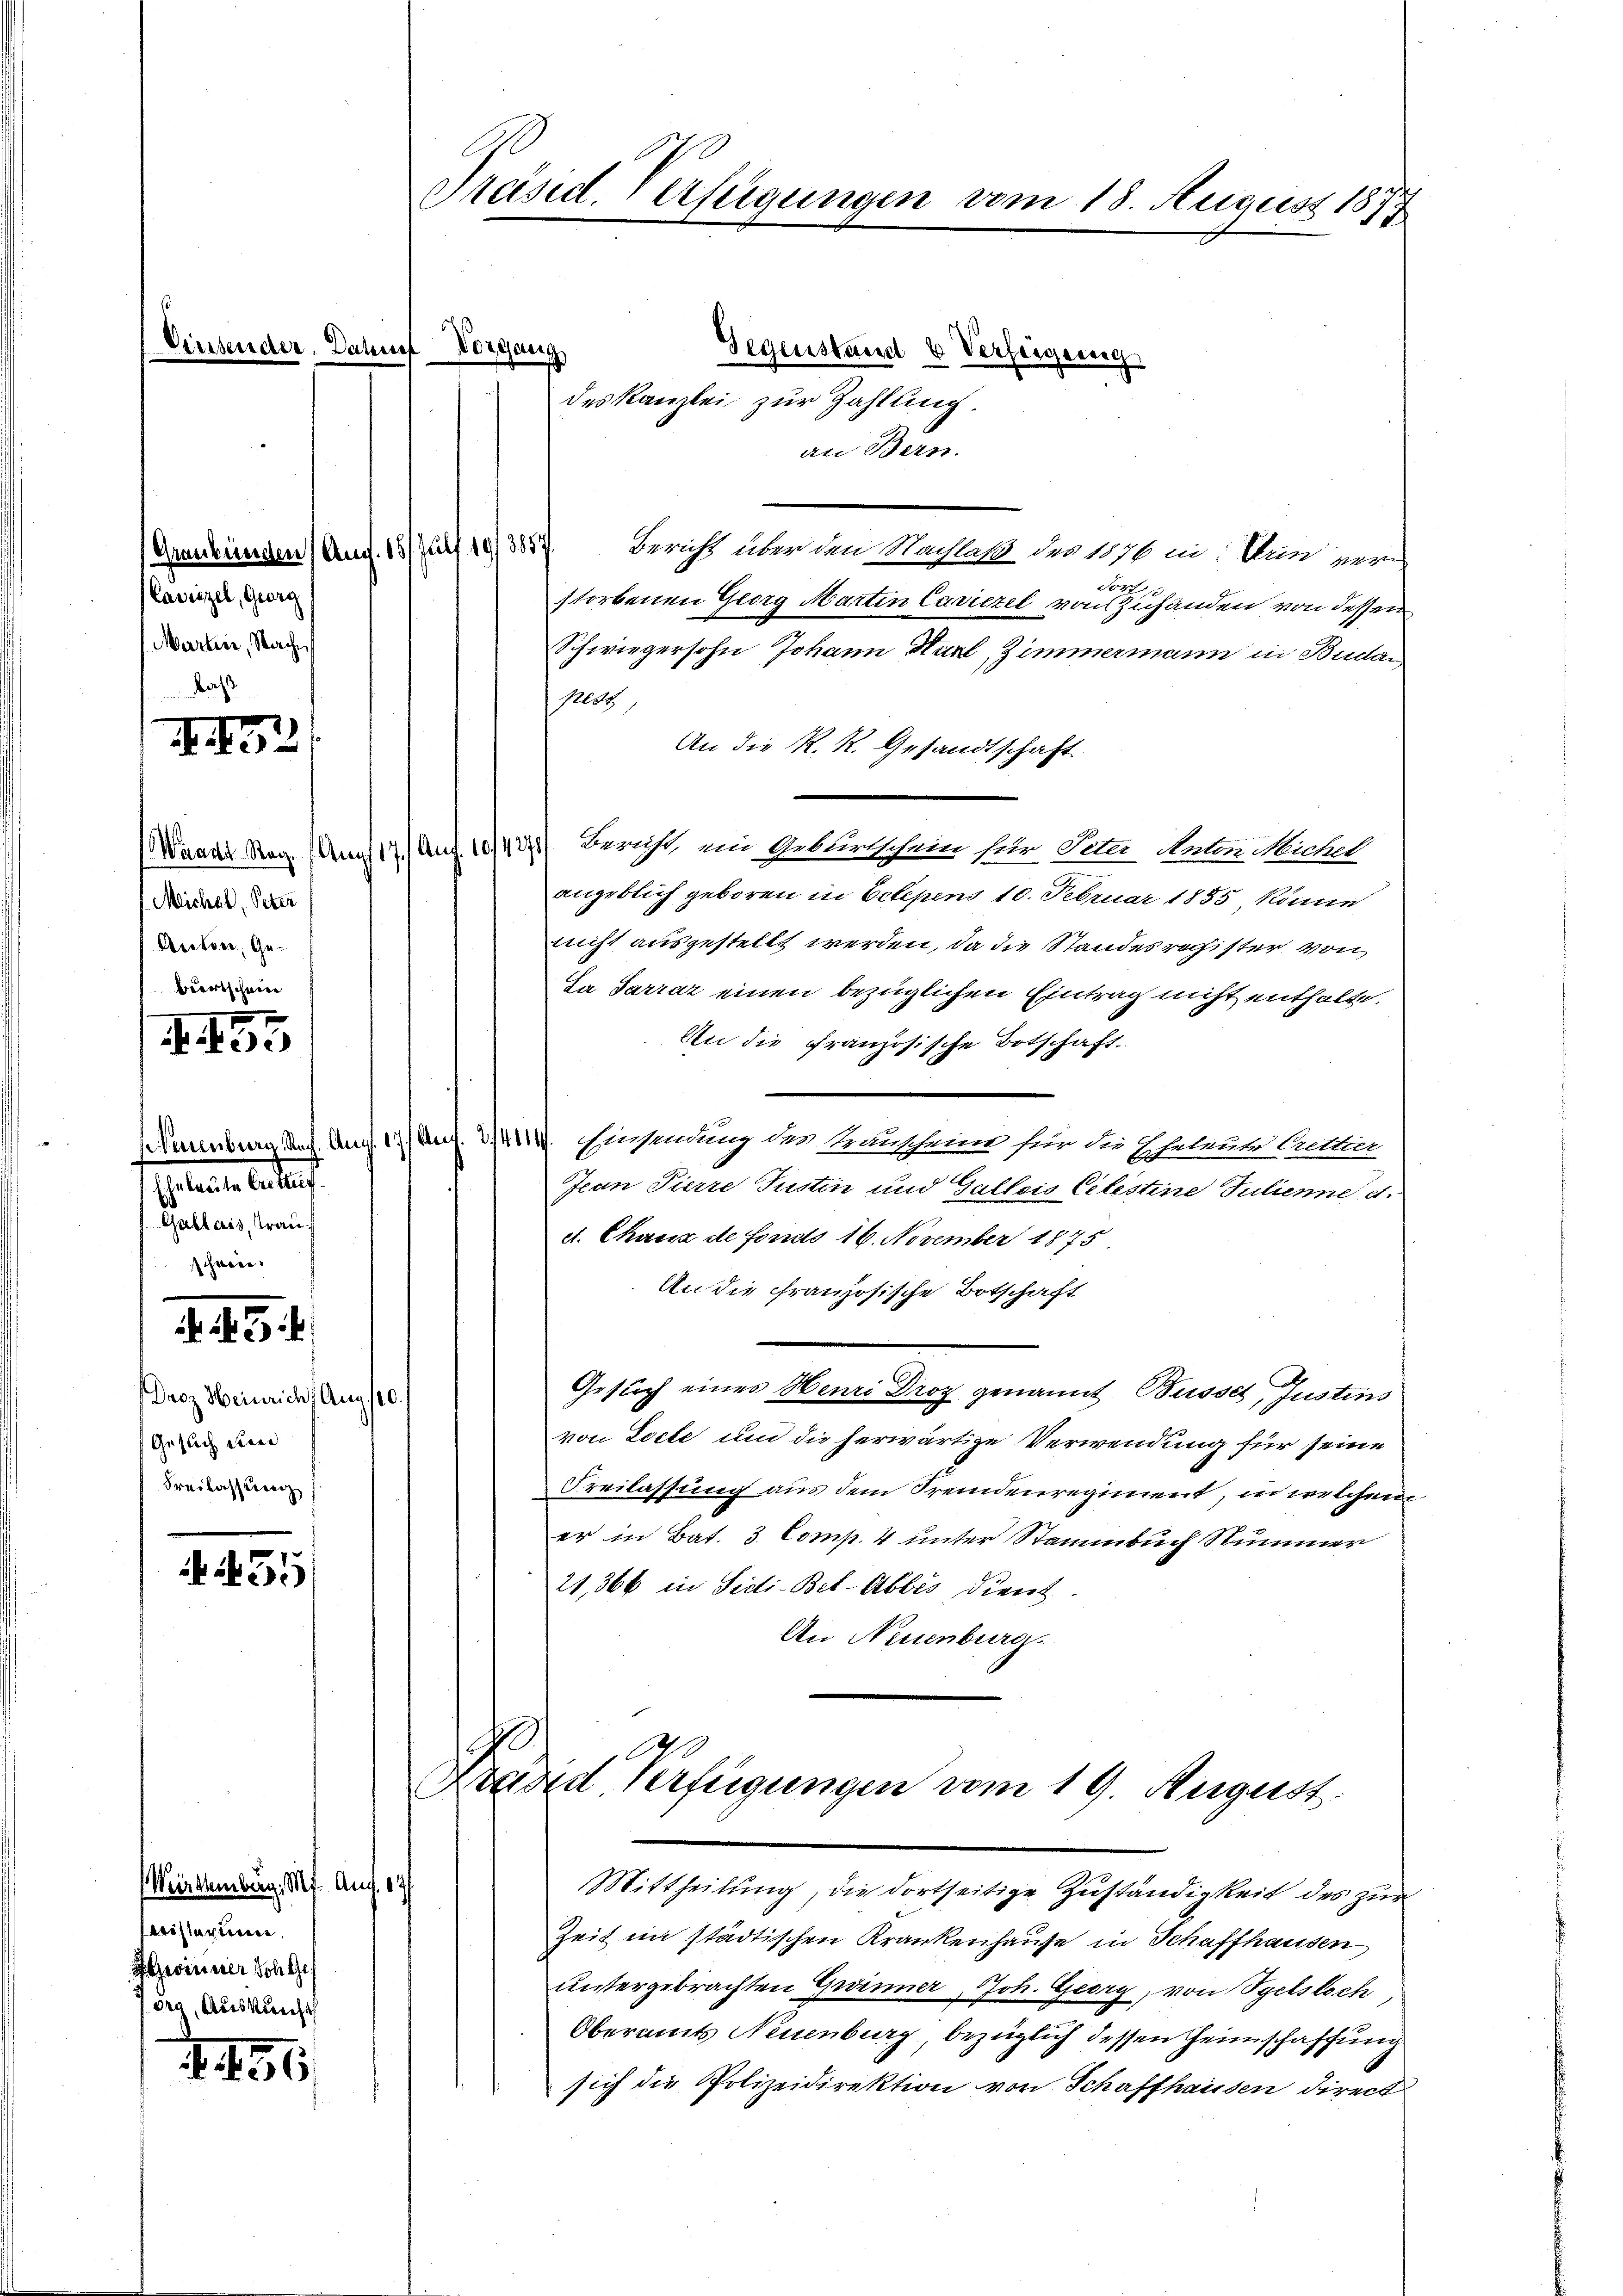
¬

I. 152

Michel, Peter
Anton, Ge¬
Bertschneee

XII

435

A

Caviezel, Georg
Martin, Nach
daß.

Weirttemberg, Ms. Aug. 17
beisterieren,
Aegerinner Sch Gef
Jorg, Auskunft

156

Präsid. Verfügungen vom 18. August 1877

tacte bestan
Gallais, trauschneer.
f. d. 5.
Droz. Heinrich, Aug. 110.
Gesuch deine
Freilassen

int
Vorgang

Gegenstand & Verfeigung
an Bern.
(Graubünden (Aufl. 15. Juli 193857. Bericht über den Machlaß der 1876 in. Nun ger¬
Tort.
storbenen Georg Marten Curiezel von Zuhanden von dessen
Schwiegersohn Johann Hurl, Zimmermann in Buda
M
An die K. K. Gesandtschaft
(Waadt Reg. Am 17./ Auf 10/427) Bericht ein Geblertschein sehr Veter Naten Mühel
angeblich geboren in Eetepens 10. Februar 1855 könne
nicht auszustellt werden, da die Standesrechister von
La Sarraz einen bezüglichen Eintrag nicht enthalte.
An die französische Botschaft.
Minburg Rach. Aug. 177 Aug. 214414. Einsendung der Transcheit für die Eheleute Gattin
Jean Pierre Justin und Galleis Celestine Julienne d.
dt. Chaux de fonds 16. November 1875
An die französische Botschaft
Gesuch eines Henri Droz genannt. Busses, Justins
von Docte und die herwärtige Verwendung für seine
Freilassung aus dem Fremdenregiment, in welchen
er in Bat. 3. Comp. 4 unter Stammbuch Nummer
21,366 in Sidi-Bet-Abbes dient.
An Neuenburg.

des Kanzlei zur Zahlung.

Zeit in städtischen Krankenhause in Schaffhausen,
untergebrachten Gränner, Joh. Georg, von Spetsloch
Oberamts Neuenburg bezüglich dessen Heimschaffung
sich die Polizeidirektion von Schaffhausen direct

0
x
Präsid. Verfügungen vom 19. August.
Mittheilung, die dortseitige Zuständigkeit des zur